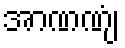
အာဏဏျံ